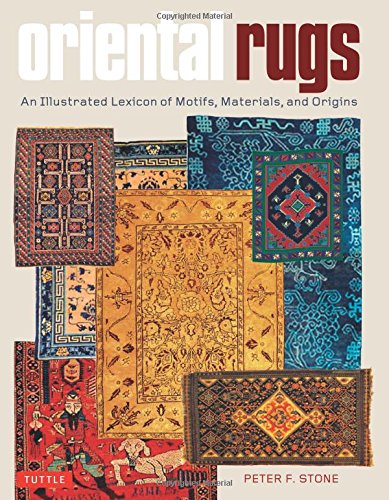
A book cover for Oriental Rugs: An Illustrated Lexicon of Motifs, Materials, and Origins; Peter F. Stone; Crafts, Hobbies & Home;